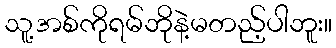
သူ့အစ်ကိုရမ်ဘိုနဲ့မတည့်ပါဘူး။